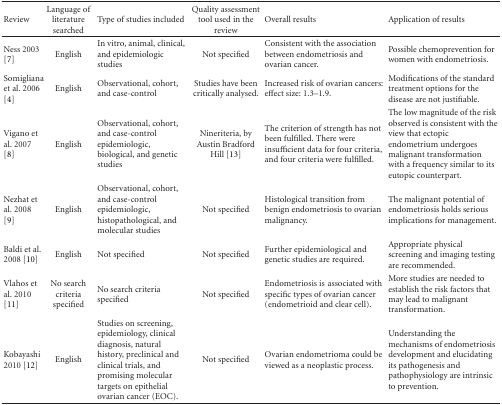
<table><thead><tr><td><b>Review</b></td><td><b>Language of literature searched</b></td><td><b>Type of studies included</b></td><td><b>Quality assessment tool used in the review</b></td><td><b>Overall results</b></td><td><b>Application of results</b></td></tr></thead><tbody><tr><td>Ness 2003 [7]</td><td>English</td><td>In vitro, animal, clinical, and epidemiologic studies</td><td>Not specified</td><td>Consistent with the association between endometriosis and ovarian cancer.</td><td>Possible chemoprevention for women with endometriosis.</td></tr><tr><td>Somigliana et al. 2006 [4]</td><td>English</td><td>Observational, cohort, and case-control</td><td>Studies have been critically analysed.</td><td>Increased risk of ovarian cancers: effect size: 1.3–1.9.</td><td>Modifications of the standard treatment options for the disease are not justifiable.</td></tr><tr><td>Vigano et al. 2007 [8]</td><td>English</td><td>Observational, cohort, and case-control epidemiologic, biological, and genetic studies</td><td>Nineriteria, by Austin Bradford Hill [13]</td><td>The criterion of strength has not been fulfilled. There were insufficient data for four criteria, and four criteria were fulfilled.</td><td>The low magnitude of the risk observed is consistent with the view that ectopic endometrium undergoes malignant transformation with a frequency similar to its eutopic counterpart.</td></tr><tr><td>Nezhat et al. 2008 [9]</td><td>English</td><td>Observational, cohort, and case-control epidemiologic, histopathological, and molecular studies</td><td>Not specified</td><td> Histological transition from benign endometriosis to ovarian malignancy.</td><td>The malignant potential of endometriosis holds serious implications for management.</td></tr><tr><td>Baldi et al. 2008 [10]</td><td>English</td><td>Not specified</td><td>Not specified</td><td>Further epidemiological and genetic studies are required.</td><td>Appropriate physical screening and imaging testing are recommended.</td></tr><tr><td>Vlahos et al. 2010 [11]</td><td>No search criteria specified</td><td>No search criteria specified</td><td>Not specified</td><td>Endometriosis isassociated with specific types of ovarian cancer (endometrioid and clear cell).</td><td>More studies are needed to establish the risk factors that may lead to malignant transformation.</td></tr><tr><td>Kobayashi 2010 [12]</td><td>English</td><td>Studies on screening, epidemiology, clinical diagnosis, natural history, preclinical and clinical trials, and promising molecular targets on epithelial ovarian cancer (EOC).</td><td>Not specified</td><td>Ovarian endometrioma could be viewed as a neoplastic process.</td><td>Understanding the mechanisms of endometriosis development and elucidating its pathogenesis and pathophysiology are intrinsic to prevention.</td></tr></tbody></table>